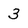
Character: 3